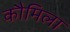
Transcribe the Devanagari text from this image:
कौमिला